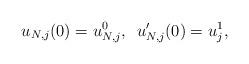
LaTeX: \begin{align*}u_{N,j}(0)=u^0_{N,j},\,\,\,u'_{N,j}(0)=u^1_j,\end{align*}